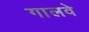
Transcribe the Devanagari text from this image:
गालवे